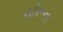
ચોરૂના